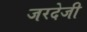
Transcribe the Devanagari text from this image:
जरदेजी